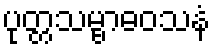
ပုတ္တသမ္ဗာဓဝသနံ